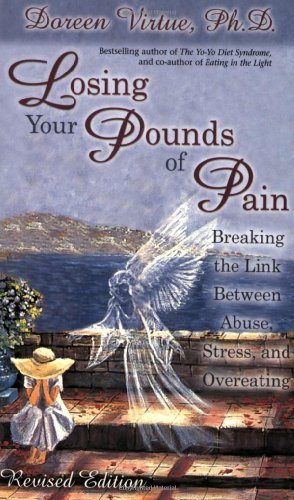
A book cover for Losing Your Pounds of Pain; Doreen Virtue; Self-Help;